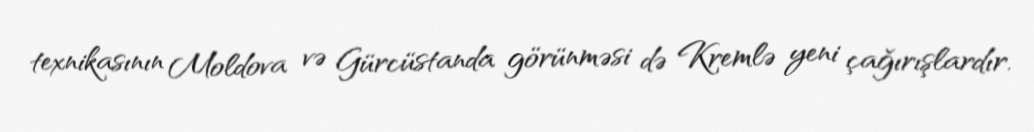
texnikasının Moldova və Gürcüstanda görünməsi də Kremlə yeni çağırışlardır.